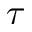
\tau